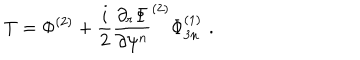
T = \Phi ^ { ( 2 ) } + \frac { i } { 2 } \frac { \partial _ { r } \Phi } { \partial \psi ^ { n } } ^ { ( 2 ) } \Phi _ { 3 n } ^ { ( 1 ) } \, \, .